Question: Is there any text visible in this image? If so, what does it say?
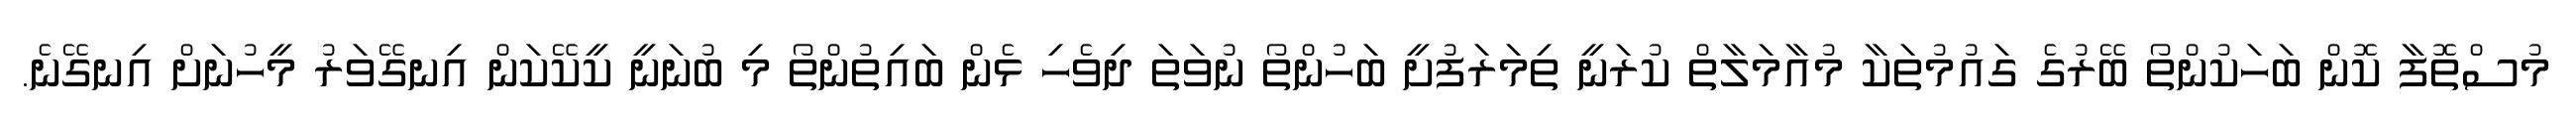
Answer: މުސްތޮފާ ކޮން ބަހަކުންތޯ ބޭރުގެ ގައުމުތަކާ މުއާމަލާތް ކުރަނީ ތިމަރަފުށީ ބަހުންތޯ ނުވަތަ ދިވެހި ޅެން ބައިތުންތޯ މި ބުނަނީ ކީކޭކަން އިނގޭވަރު މީހުނަށް އިނގޭނެ.